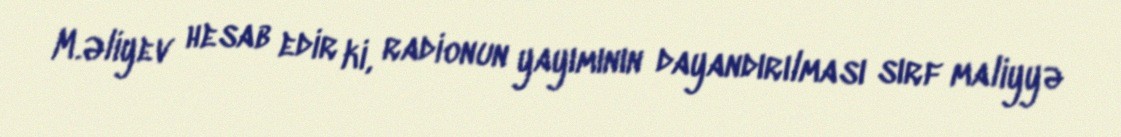
M.Əliyev hesab edir ki, radionun yayımının dayandırılması sırf maliyyə